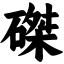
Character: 磔